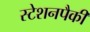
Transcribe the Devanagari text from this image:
स्टेशनपैकी